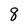
Character: 8